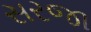
સરજા